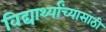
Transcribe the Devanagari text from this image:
विद्यार्थ्यांच्यासाठी